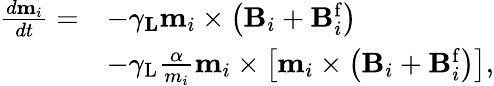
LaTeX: \begin{array}{rl}{\frac{d\mathbf{m}_{i}}{dt}=}&{-\gamma_{\mathbf{L}}\mathbf{m}_{i}\times\left(\mathbf{B}_{i}+\mathbf{B}_{i}^{\mathrm{f}}\right)}\\ &{-\gamma_{\mathrm{L}}\frac{\alpha}{m_{i}}\mathbf{m}_{i}\times\left[\mathbf{m}_{i}\times\left(\mathbf{B}_{i}+\mathbf{B}_{i}^{\mathrm{f}}\right)\right],}\end{array}